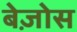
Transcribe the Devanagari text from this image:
बेज़ोस